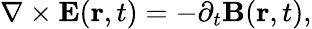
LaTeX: \nabla\times\mathbf{E}(\mathbf{r},t)=-\partial_{t}\mathbf{B}(\mathbf{r},t),